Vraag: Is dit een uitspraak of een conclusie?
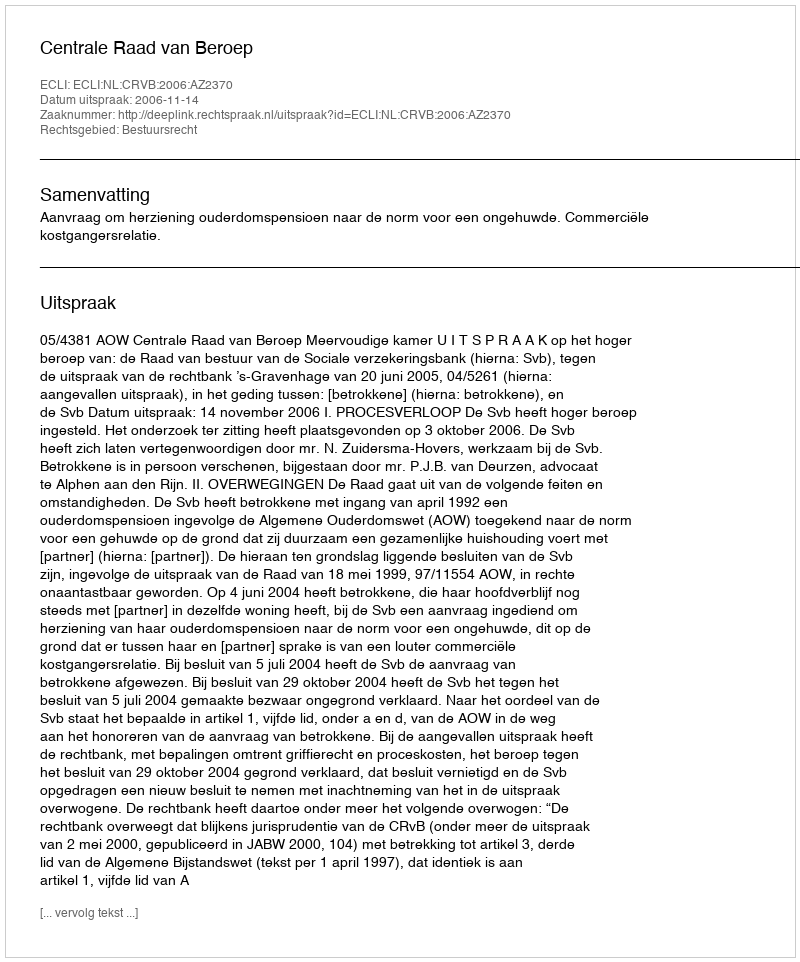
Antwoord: Uitspraak